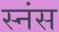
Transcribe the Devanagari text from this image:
स्नंस